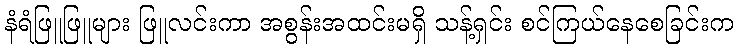
နံရံဖြူဖြူများ ဖြူလင်းကာ အစွန်းအထင်းမရှိ သန့်ရှင်း စင်ကြယ်နေစေခြင်းက